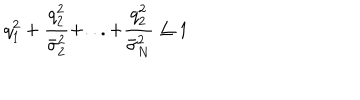
LaTeX: q _ { 1 } ^ { 2 } + \frac { q _ { 2 } ^ { 2 } } { \bar { \sigma } _ { 2 } ^ { 2 } } + . . . + \frac { q _ { 2 } ^ { 2 } } { \bar { \sigma } _ { N } ^ { 2 } } \leq 1